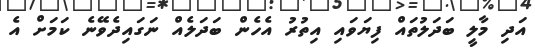
އަދި މާލީ ބަދަލުތައް ފިޔަވައި އިތުރު އެހެން ބަދަލެއް ނަގައިދެވޭނެ ކަމަށް އެ